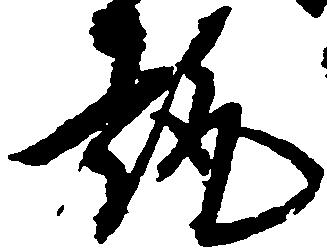
趣